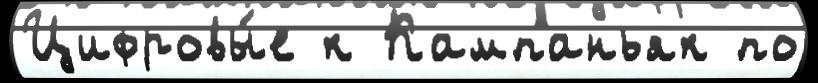
Цифровы́е к Кампаньяк по